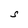
Character: S